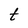
Character: t